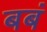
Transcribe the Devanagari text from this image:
बबं